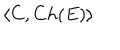
LaTeX: \langle C , C h ( E ) \rangle